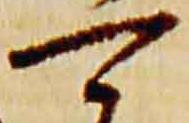
可